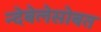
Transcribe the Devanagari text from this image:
न्देबेलेसोबत